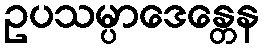
ဥပသမ္ပာဒေန္တေန